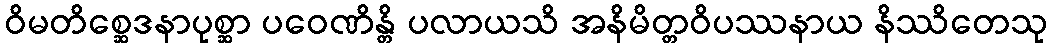
ဝိမတိစ္ဆေဒနာပုစ္ဆာ ပဝေဏိန္တိ ပလာယသိ အနိမိတ္တဝိပဿနာယ နိဿိတေသု